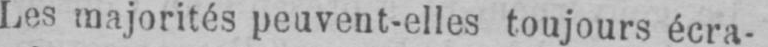
Les majorités peuvent-elles toujours écra-